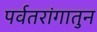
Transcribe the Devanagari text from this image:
पर्वतरांगातुन